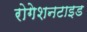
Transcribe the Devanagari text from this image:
रोगेशनटाइड